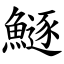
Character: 鱁